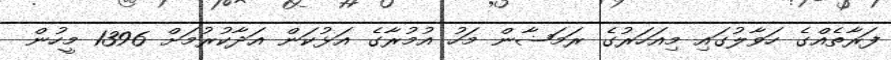
ފަރާތެއްގެ ހަވާލުގައި މިއަހަރުގެ ރަމަޟާން މަހު އުމުރާގެ އަޅުކަން އަދާކުރުމަށް 1396 މީހުން